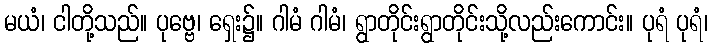
မယံ၊ ငါတို့သည်။ ပုဗ္ဗေ၊ ရှေး၌။ ဂါမံ ဂါမံ၊ ရွာတိုင်းရွာတိုင်းသို့လည်းကောင်း။ ပုရံ ပုရံ၊